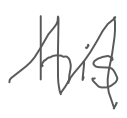
Text: his
Cross-out: zig-zag
Writing tool: digital_gray